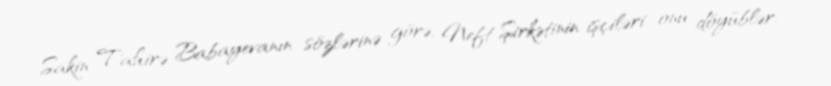
Sakin Tahirə Babayevanın sözlərinə görə, Neft Şirkətinin işçiləri onu döyüblər: